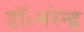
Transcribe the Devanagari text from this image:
डॉ॰नरेन्द्र